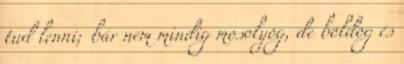
tud lenni; bár nem mindig mosolyog, de boldog és